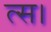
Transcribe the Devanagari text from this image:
त्स।